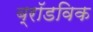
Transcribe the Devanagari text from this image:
ब्रॉडविक